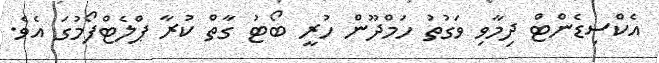
އެކްސިޑެންޓް ދިމާވި ވަގުތު ހަމްދޫން ހުރީ ބޯޓު ގާތް ކުރާ ޕްލެޓްފޯމުގަ އެވެ.